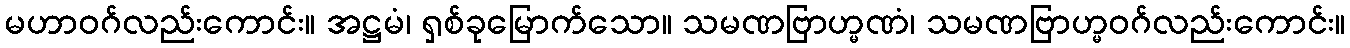
မဟာဝဂ်လည်းကောင်း။ အဋ္ဌမံ၊ ရှစ်ခုမြောက်သော။ သမဏဗြာဟ္မဏံ၊ သမဏဗြာဟ္မဝဂ်လည်းကောင်း။